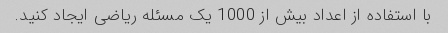
با استفاده از اعداد بیش از 1000 یک مسئله ریاضی ایجاد کنید.